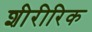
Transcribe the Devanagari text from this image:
शीरीरिक